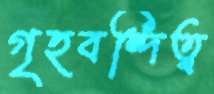
গৃহবন্দিত্ব